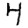
Digit: 4